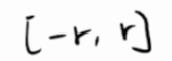
$[-r, r]$